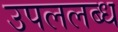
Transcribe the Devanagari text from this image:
उपललब्ध